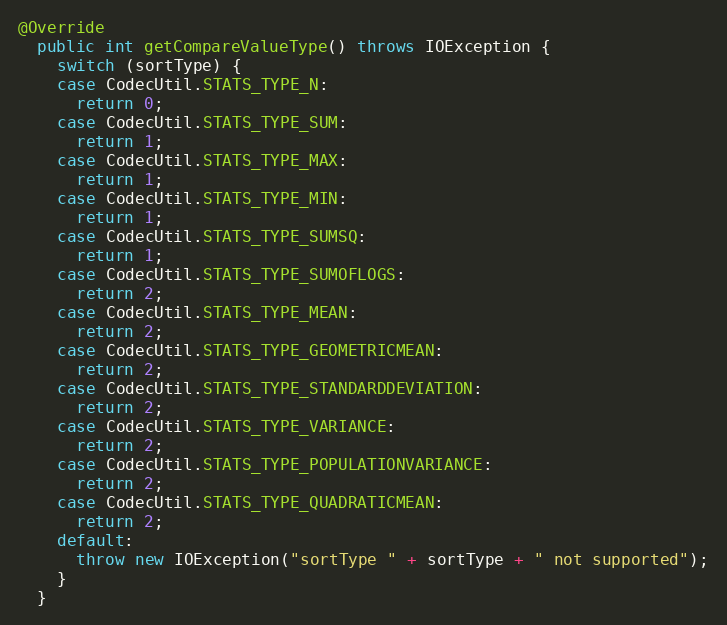
Language: Java
@Override
  public int getCompareValueType() throws IOException {
    switch (sortType) {
    case CodecUtil.STATS_TYPE_N:
      return 0;
    case CodecUtil.STATS_TYPE_SUM:
      return 1;
    case CodecUtil.STATS_TYPE_MAX:
      return 1;
    case CodecUtil.STATS_TYPE_MIN:
      return 1;
    case CodecUtil.STATS_TYPE_SUMSQ:
      return 1;
    case CodecUtil.STATS_TYPE_SUMOFLOGS:
      return 2;
    case CodecUtil.STATS_TYPE_MEAN:
      return 2;
    case CodecUtil.STATS_TYPE_GEOMETRICMEAN:
      return 2;
    case CodecUtil.STATS_TYPE_STANDARDDEVIATION:
      return 2;
    case CodecUtil.STATS_TYPE_VARIANCE:
      return 2;
    case CodecUtil.STATS_TYPE_POPULATIONVARIANCE:
      return 2;
    case CodecUtil.STATS_TYPE_QUADRATICMEAN:
      return 2;
    default:
      throw new IOException("sortType " + sortType + " not supported");
    }
  }